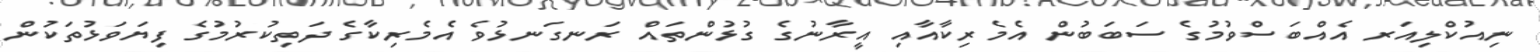
ނިއުކްލިއަރ އެއްބަސްވުމުގެ ސަބަބުން އެމެރިކާއާއި އީރާނުގެ ގުޅުންތައް ރަނގަނޅުވެ އެމެރިކާގެ ދަތިކުރުމުގެ ފިޔަވަޅުތަކުން